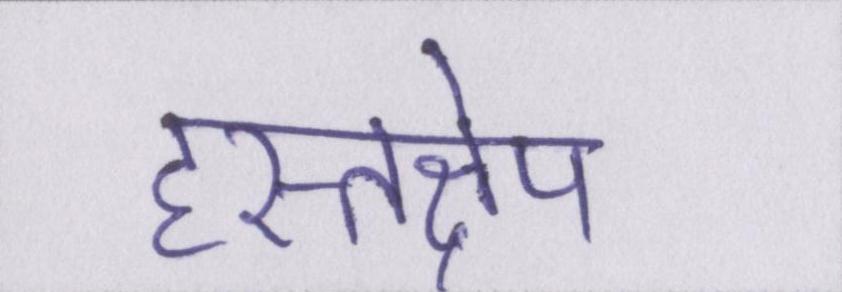
हस्तक्षेप